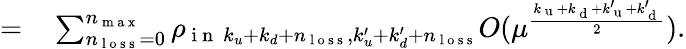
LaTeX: \begin{array}{rl}{=}&{{}\sum_{n_{\mathrm{~l~o~s~s~}}=0}^{n_{\mathrm{~m~a~x~}}}\rho_{\mathrm{~i~n~}~k_{u}+k_{d}+n_{\mathrm{~l~o~s~s~}},k_{u}^{\prime}+k_{d}^{\prime}+n_{\mathrm{~l~o~s~s~}}}O(\mu^{\frac{k_{\mathrm{~u~}}+k_{\mathrm{~d~}}+k_{\mathrm{~u~}}^{\prime}+k_{\mathrm{~d~}}^{\prime}}{2}}).}\end{array}